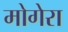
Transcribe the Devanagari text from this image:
मोगेरा